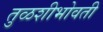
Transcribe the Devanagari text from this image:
तुळशीभोवती